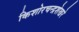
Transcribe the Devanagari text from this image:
किशोरचन्द्रशेखरे